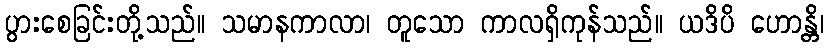
ပွားစေခြင်းတို့သည်။ သမာနကာလာ၊ တူသော ကာလရှိကုန်သည်။ ယဒိပိ ဟောန္တိ၊